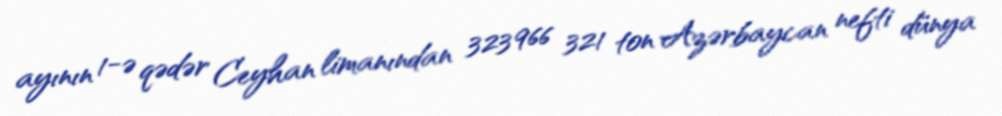
ayının 1-ə qədər Ceyhan limanından 323 966 321 ton Azərbaycan nefti dünya